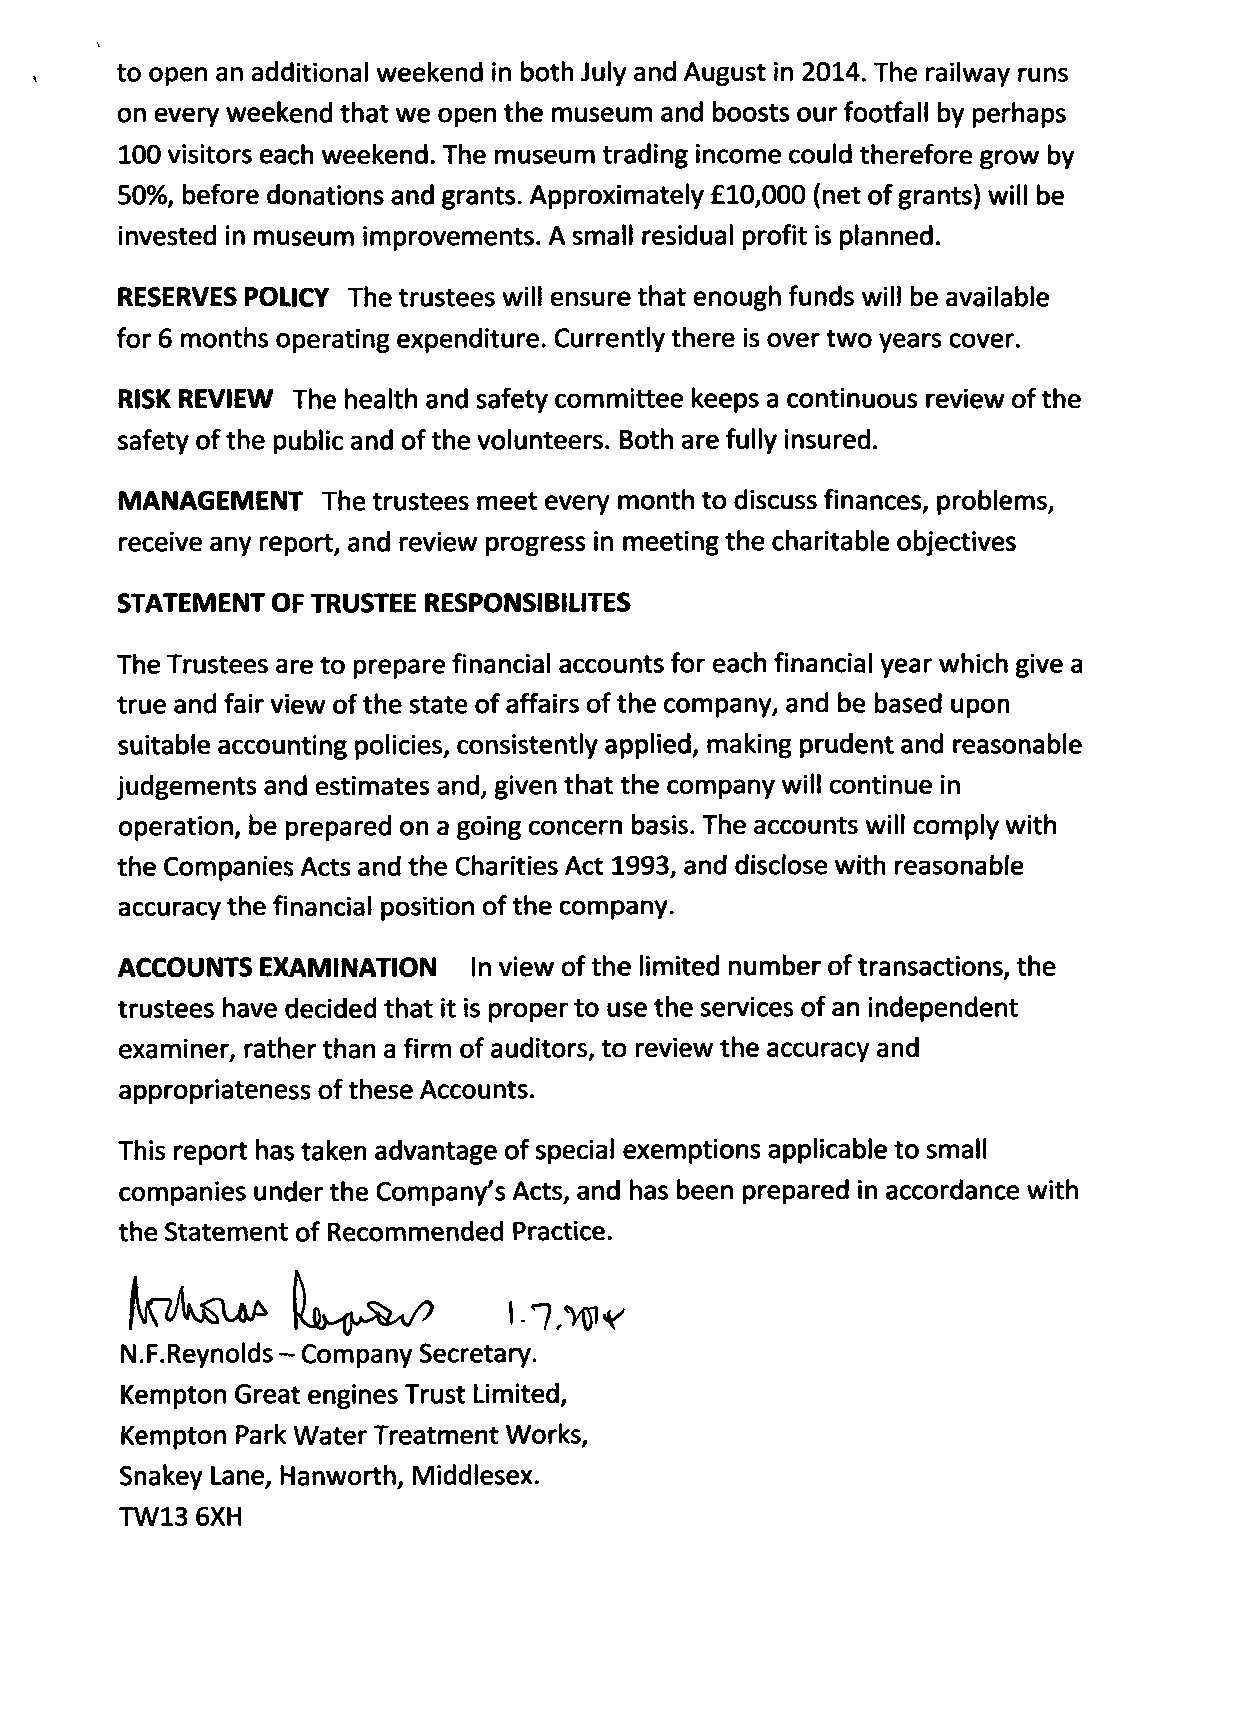
to open an additional weekend in both July and August in 2014. The railway runs
 on every weekend that we open the museum and boosts our footfall by perhaps
 100 visitors each weekend. The museum trading income could therefore grow by
 50%, before donations and grants. Approximately £10,000 (net of grants) will be
 invested in museum improvements. A small residual profit is planned.
 RESERVES POLICY The trustees will ensure that enough funds will be available
 for 6 months operating expenditure. Currently there is over two years cover.
 RISK REVIEW The health and safety committee keeps a continuous review of the
 safety ofthe public and ofthe volunteers. Both are fully insured.
 MANAGEMENT   The trustees meet every month to discuss finances, problems,
 receive any report, and review progress in meeting the charitable objectives
 STATEMENT OF TRUSTEE RESPONSIBILITES
 The Trustees are to prepare financial accounts for each financial year which give a
 true and fair view ofthe state of affairs ofthe company, and be based upon
 suitable accounting policies, consistently applied, making prudent and reasonable
 judgements and estimates and, given that the company will continue in
 operation, be prepared on a going concern basis. The accounts will comply with
 the Companies Acts and the Charities Act 1993, and disclose with reasonable
 accuracy the financial position of the company.
 ACCOUNTS EXAMINATION   In view of the limited number of transactions, the
 trustees have decided that it is proper to use the services of an independent
 examiner, rather than a firm of auditors, to review the accuracy and
 appropriateness of these Accounts.
 This report has taken advantage of special exemptions applicable to small
 companies under the Company's Acts, and has been prepared in accordance with
 the Statement of Recommended Practice.
 N.F.Reynolds - Company Secretary.
 Kempton Great engines Trust Limited,
 Kempton Park Water Treatment Works,
 Snakey Lane, Hanworth, Middlesex.
 TW13 6XH